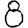
Digit: 8